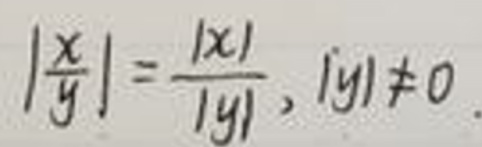
$\left|\frac{x}{y}\right|=\frac{|x|}{|y|}, |y|\neq 0$